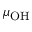
\mu _ { \mathrm { O H } }